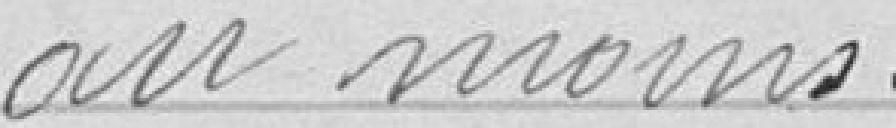
au moins